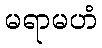
မရာမဟံ